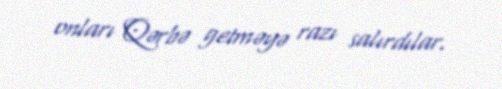
onları Qərbə getməyə razı salırdılar.